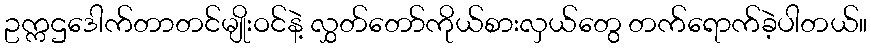
ဥက္ကဌဒေါက်တာတင်မျိုးဝင်နဲ့ လွှတ်တော်ကိုယ်စားလှယ်တွေ တက်ရောက်ခဲ့ပါတယ်။